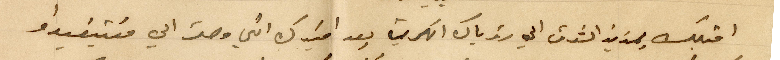
اقبلك بمزيد الشوق الى رؤياك الكريمة بعد افيدك اني وصلت الى منتيفيداو